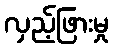
လှည့်ဖြားမှု